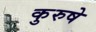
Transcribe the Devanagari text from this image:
कुरुषे